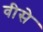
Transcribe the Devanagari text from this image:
वीसे